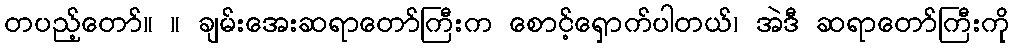
တပည့်တော်။ ။ ချမ်းအေးဆရာတော်ကြီးက စောင့်ရှောက်ပါတယ်၊ အဲဒီ ဆရာတော်ကြီးကို